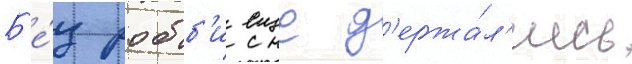
Б'е́з робб'и еще д'ержа́л'ись